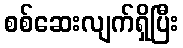
စစ်ဆေးလျက်ရှိပြီး